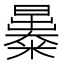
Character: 㬥